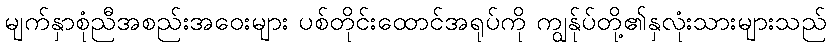
မျက်နှာစုံညီအစည်းအဝေးများ ပစ်တိုင်းထောင်အရုပ်ကို ကျွန်ုပ်တို့၏နှလုံးသားများသည်